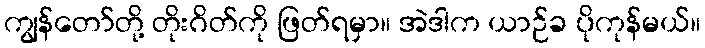
ကျွန်တော်တို့ တိုးဂိတ်ကို ဖြတ်ရမှာ။ အဲဒါက ယာဉ်ခ ပိုကုန်မယ်။